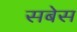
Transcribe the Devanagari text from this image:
सबेस